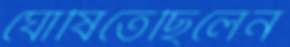
ঘোষিতেছিলেন